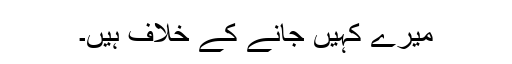
میرے کہیں جانے کے خلاف ہیں۔